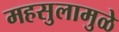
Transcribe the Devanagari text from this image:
महसुलामुळे